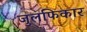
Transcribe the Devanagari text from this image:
जुलफिकार